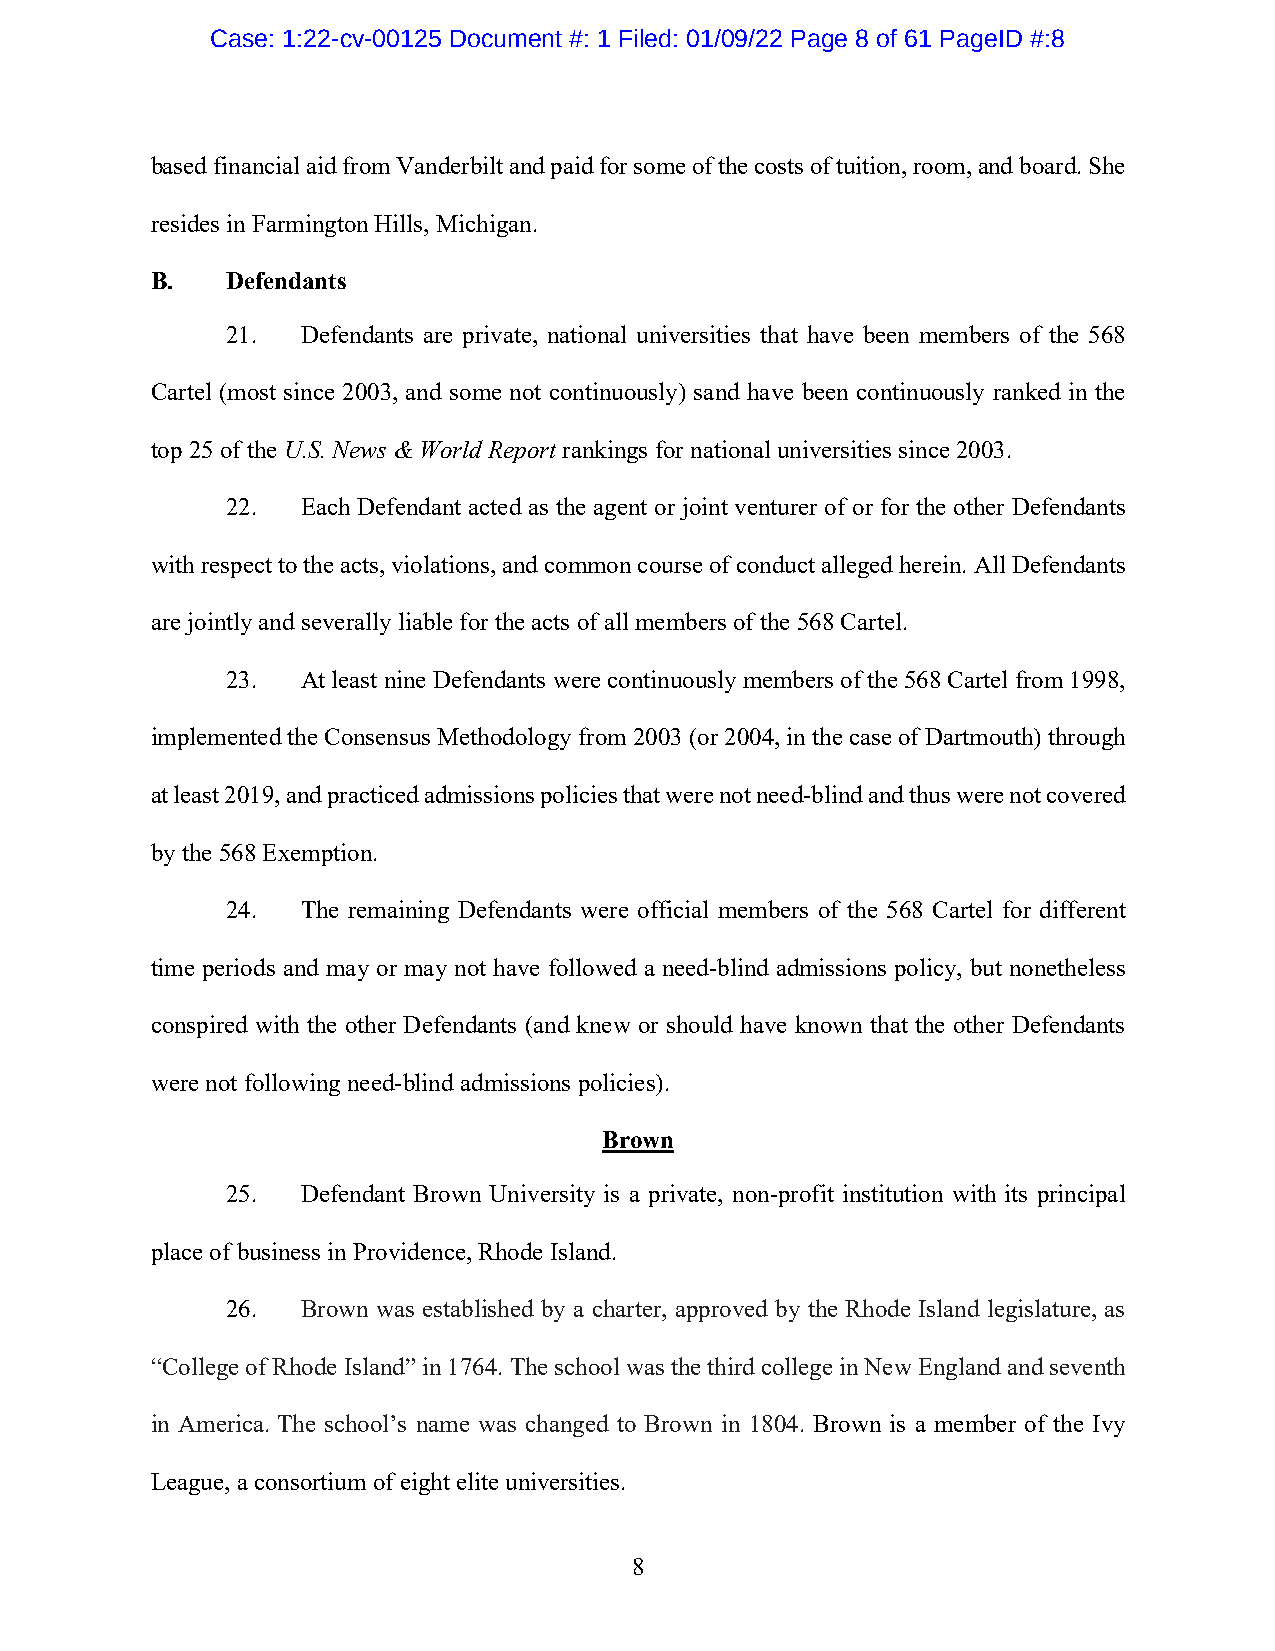
Case: 1:22-cv-00125 Document #: 1 Filed: 01/09/22 Page 8 of 61 PageID #:8
 based financial aid from Vanderbilt and paid for some of the costs of tuition, room, and board. She
 resides in Farmington Hills, Michigan.
 B.   Defendants
 21.  Defendants are private, national universities that have been members of the 568
 Cartel (most since 2003, and some not continuously) sand have been continuously ranked in the
 top 25 of the U.S. News & World Report rankings for national universities since 2003.
 22.  Each Defendant acted as the agent or joint venturer of or for the other Defendants
 with respect to the acts, violations, and common course of conduct alleged herein. All Defendants
 are jointly and severally liable for the acts of all members of the 568 Cartel.
 23.  At least nine Defendants were continuously members of the 568 Cartel from 1998,
 implemented the Consensus Methodology from 2003 (or 2004, in the case of Dartmouth) through
 at least 2019, and practiced admissions policies that were not need-blind and thus were not covered
 by the 568 Exemption.
 24.  The remaining Defendants were official members of the 568 Cartel for different
 time periods and may or may not have followed a need-blind admissions policy, but nonetheless
 conspired with the other Defendants (and knew or should have known that the other Defendants
 were not following need-blind admissions policies).
 Brown
 25.  Defendant Brown University is a private, non-profit institution with its principal
 place of business in Providence, Rhode Island.
 26.  Brown was established by a charter, approved by the Rhode Island legislature, as
 “College of Rhode Island” in 1764. The school was the third college in New England and seventh
 in America. The school’s name was changed to Brown in 1804. Brown is a member of the Ivy
 League, a consortium of eight elite universities.
 8